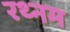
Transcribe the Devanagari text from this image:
रथ्नम